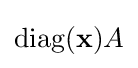
\operatorname {diag} (\mathbf {x} )A